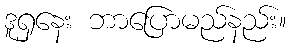
ဒူရှနေး ဘာပြောမည်နည်း။